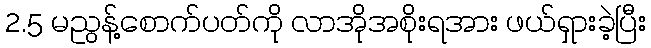
2.5 မညွန့်စောက်ပတ်ကို လာအိုအစိုးရအား ဖယ်ရှားခဲ့ပြီး